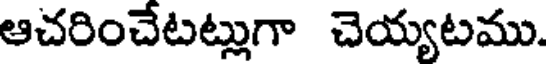
ఆచరించేటట్లుగా చెయ్యటము.